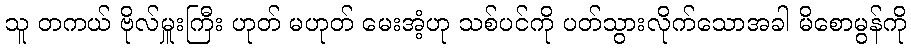
သူ တကယ် ဗိုလ်မှူးကြီး ဟုတ် မဟုတ် မေးအံ့ဟု သစ်ပင်ကို ပတ်သွားလိုက်သောအခါ မိစောမွန်ကို